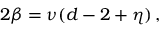
2 \beta = \nu ( d - 2 + \eta ) \, ,